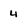
Character: 4